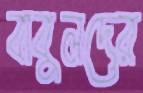
বাবুলদের